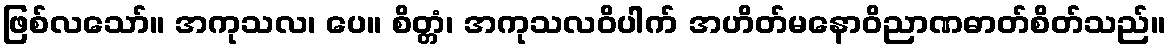
ဖြစ်လသော်။ အကုသလ၊ ပေ။ စိတ္တံ၊ အကုသလဝိပါက် အဟိတ်မနောဝိညာဏဓာတ်စိတ်သည်။